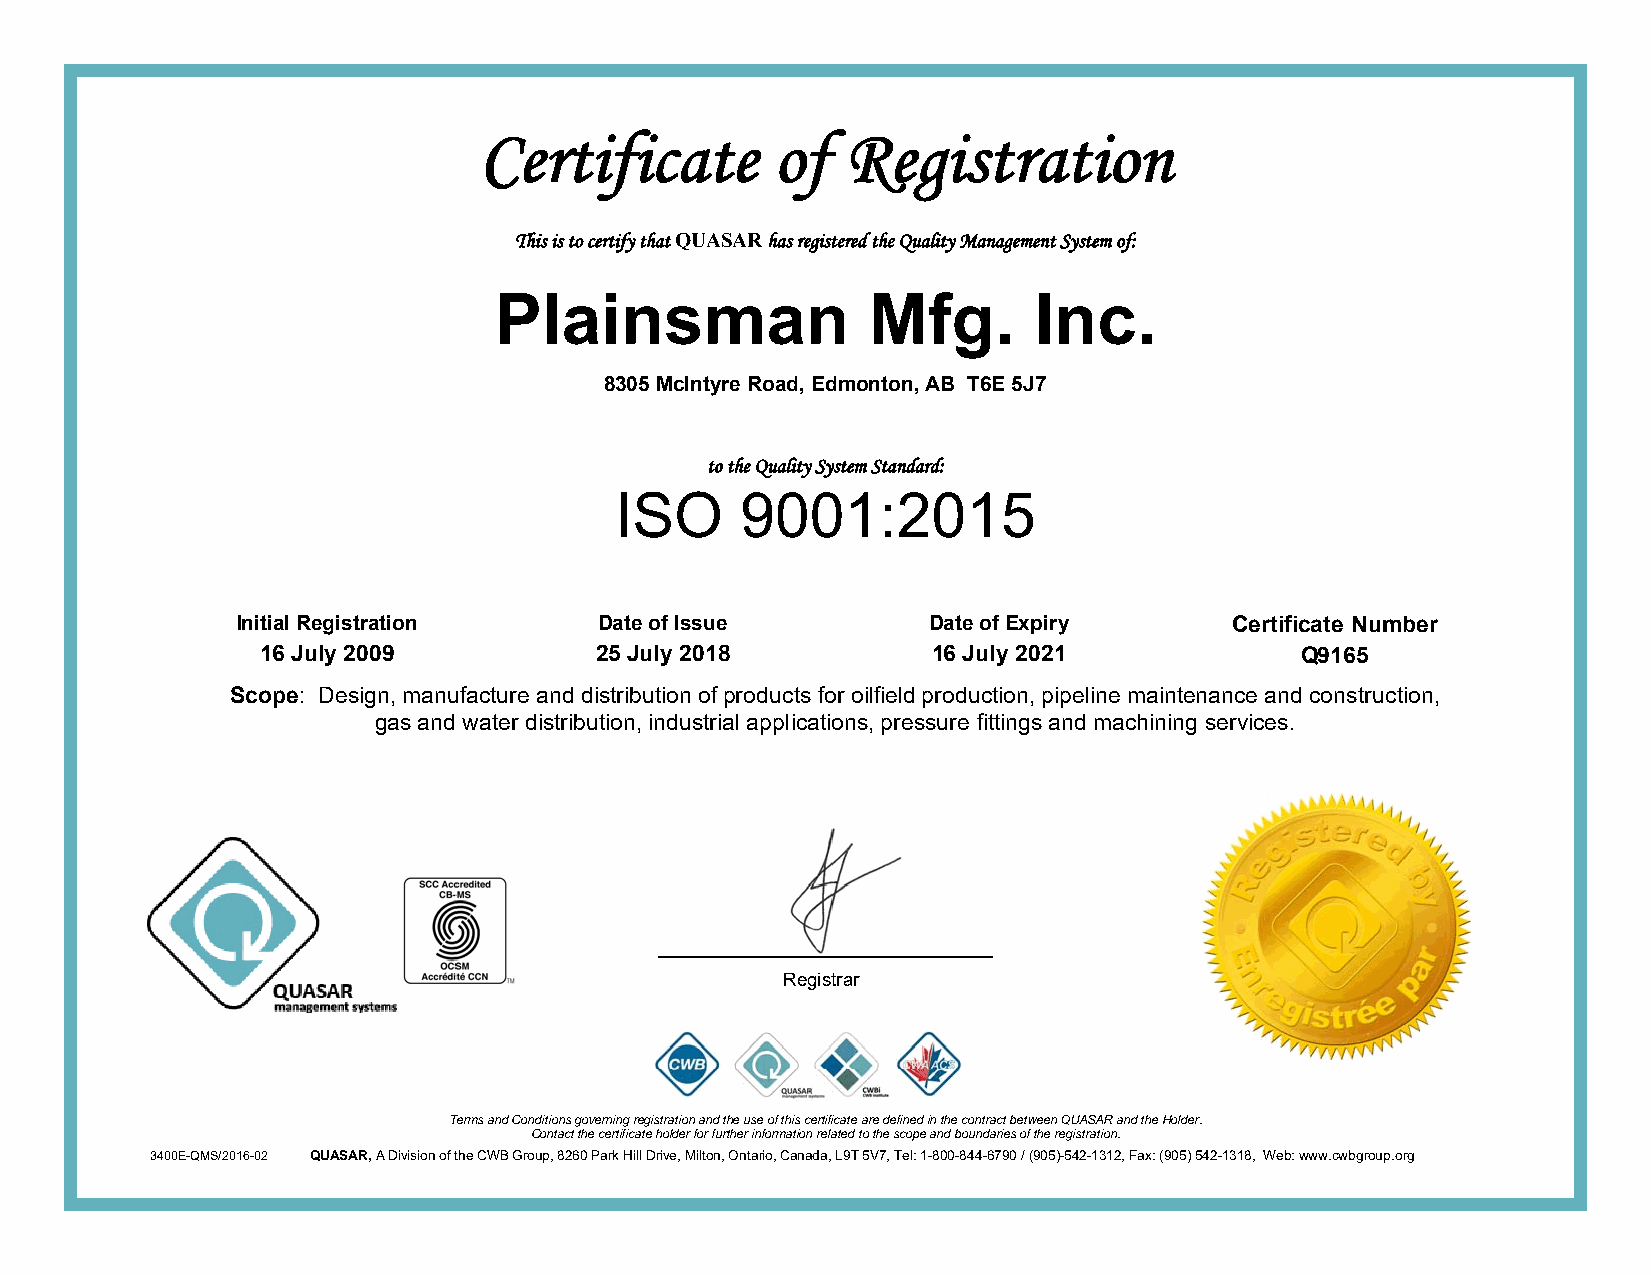
Certificate        of   Registration
 This is to certify that QUASAR has registered the Quality Management System of:
 Plainsman               Mfg.       Inc.
 8305 McIntyre Road, Edmonton, AB T6E 5J7
 to the Quality System Standard:
 ISO     9001:2015
 Initial Registration    Date of Issue        Date of Expiry       Certificate Number
 16 July 2009          25 July 2018           16 July 2021            Q9165
 Scope: Design, manufacture and distribution of products for oilfield production, pipeline maintenance and construction,
 gas and water distribution, industrial applications, pressure fittings and machining services.
 Registrar
 Terms and Conditions governing registration and the use of this certificate are defined in the contract between QUASAR and the Holder.
 Contact the certificate holder for further information related to the scope and boundaries of the registration.
 3400E-QMS/2016-02 QUASAR, A Division of the CWB Group, 8260 Park Hill Drive, Milton, Ontario, Canada, L9T 5V7, Tel: 1-800-844-6790 / (905)-542-1312, Fax: (905) 542-1318, Web: www.cwbgroup.org